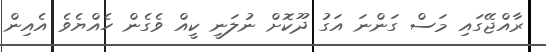
ރާއްޖޭގައި މަސް ގަންނަ އަގު ދޫކޮށް ނުލަނީ ކީއް ވެގެން ހެއްޔެވެ އެއިން